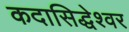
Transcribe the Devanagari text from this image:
कदासिद्धेश्वर